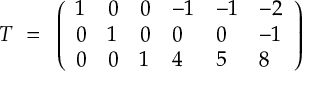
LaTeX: { \cal T } ~ = ~ \left( \begin{array} { l l l l l l } { { 1 } } & { { 0 } } & { { 0 } } & { { - 1 } } & { { - 1 } } & { { - 2 } } \\ { { 0 } } & { { 1 } } & { { 0 } } & { { 0 } } & { { 0 } } & { { - 1 } } \\ { { 0 } } & { { 0 } } & { { 1 } } & { { 4 } } & { { 5 } } & { { 8 } } \end{array} \right)